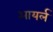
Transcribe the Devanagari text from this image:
आयर्ल